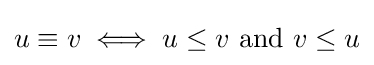
u\equiv v\iff u\leq v\ {\text{and}}\ v\leq u